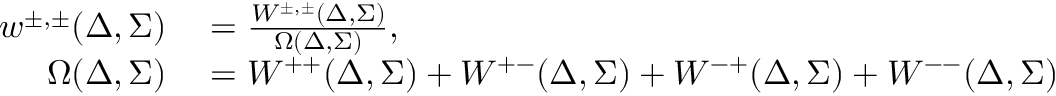
\begin{array} { r l } { w ^ { \pm , \pm } ( \Delta , \Sigma ) } & { { } = \frac { W ^ { \pm , \pm } ( \Delta , \Sigma ) } { \Omega ( \Delta , \Sigma ) } , } \\ { \Omega ( \Delta , \Sigma ) } & { { } = W ^ { + + } ( \Delta , \Sigma ) + W ^ { + - } ( \Delta , \Sigma ) + W ^ { - + } ( \Delta , \Sigma ) + W ^ { -- } ( \Delta , \Sigma ) } \end{array}